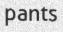
pants